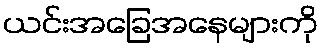
ယင်းအခြေအနေများကို